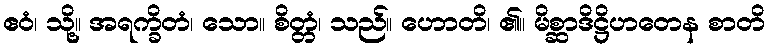
ဧဝံ၊ သို့။ အရက္ခိတံ၊ သော။ စိတ္တံ၊ သည်။ ဟောတိ၊ ၏။ မိစ္ဆာဒိဋ္ဌိဟတေန စာတိ